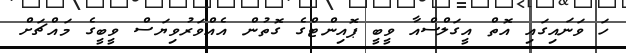
ހަ ވަނައިގައި އޮތް އީގަލްސްއާ ވީބީ ޕޮއިންޓްގެ ގޮތުން އެއްވަރުވިޔަސް ވީބީގެ މައްޗަށް